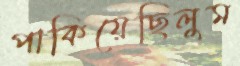
পাকিয়েছিলুম